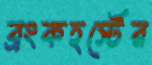
ব্রংকহর্স্টের